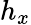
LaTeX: h_{x}